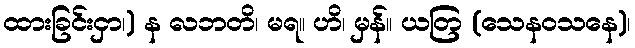
ထားခြင်းငှာ၊) န လဘတိ၊ မရ။ ဟိ၊ မှန်။ ယတြ (သေနဝသနေ)၊